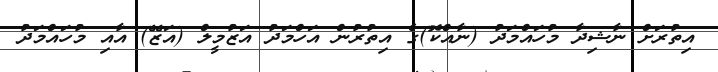
އިތުރަށް ނާޝިދާ މުހައްމަދު (ނާއްކޮ)ގެ އިތުރުން އަހްމަދު އަޒުމީލް (އަޒޭ) އާއި މުހައްމަދު